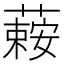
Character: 𦾄